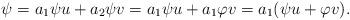
LaTeX: \begin{align*} \psi =a_1\psi u+a_2\psi v =a_1\psi u+a_1\varphi v =a_1(\psi u+\varphi v).\end{align*}